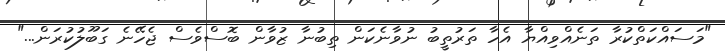
"މަސައްކަތްކުރާ ތަނެއްވިއްޔާ އެހާ ތަރުތީބު ނުވާނެކަން ތިބުނާ ޒުވާން ބޮސްވެސް ޖެހޭނެ ގަބޫލުކުރަން..."